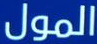
المول